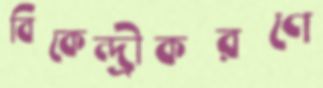
বিকেন্দ্রীকরণে